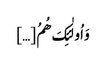
وَ اُولٰئِکَ ھُمُ […]